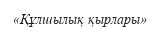
«Құлшылық қырлары»